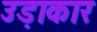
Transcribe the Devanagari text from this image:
उड़ाकार